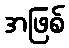
အဖြစ်